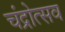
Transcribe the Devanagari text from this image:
चंद्रोत्सव